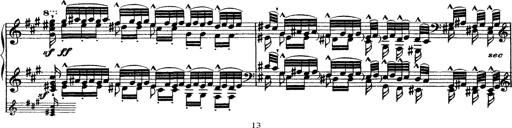
Title: Grande fantasie di bravura sur La clochette
Composer: Franz Liszt
Key: A minor